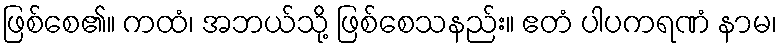
ဖြစ်စေ၏။ ကထံ၊ အဘယ်သို့ ဖြစ်စေသနည်း။ ဧတံ ပါပကရဏံ နာမ၊